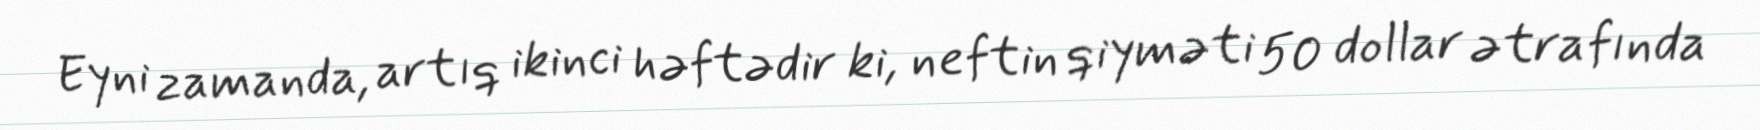
Eyni zamanda, artıq ikinci həftədir ki, neftin qiyməti 50 dollar ətrafında